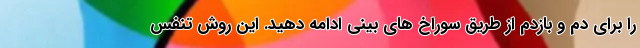
را برای دم و بازدم از طریق سوراخ های بینی ادامه دهید. این روش تنفس